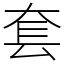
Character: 套